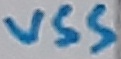
Text: VSS